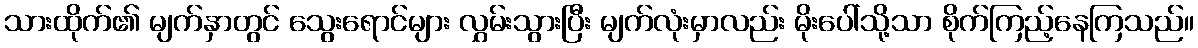
သားထိုက်၏ မျက်နှာတွင် သွေးရောင်များ လွှမ်းသွားပြီး မျက်လုံးမှာလည်း မိုးပေါ်သို့သာ စိုက်ကြည့်နေကြသည်။